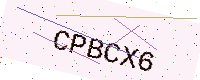
Text: CPBCX6